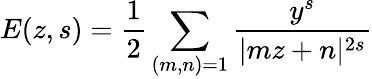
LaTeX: E(z,s)={\frac{1}{2}}\sum_{(m,n)=1}{\frac{y^{s}}{|mz+n|^{2s}}}